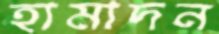
হামাদন